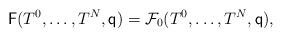
LaTeX: \begin{align*}\mathsf{F}(T^0,\dots,T^{N},\mathsf{q})=\mathcal{F}_0(T^0,\dots,T^{N},\mathsf{q}),\end{align*}